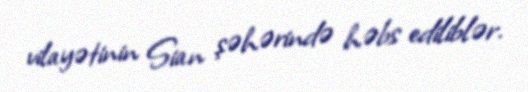
vilayətinin Sian şəhərində həbs ediliblər.